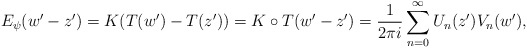
\begin{align*}E_{\psi}( w' - z' ) = K (T(w')-T(z')) = K\circ T (w'- z') = \frac{1}{2\pi i } \sum_{n=0}^{\infty}U_n(z')V_n(w'), \end{align*}